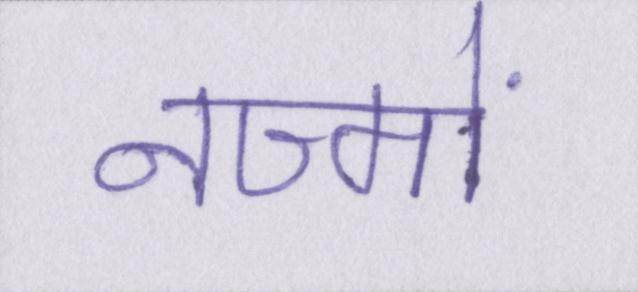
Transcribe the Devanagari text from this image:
नज्मों